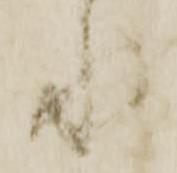
水